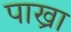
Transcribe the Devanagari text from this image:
पाख्रा